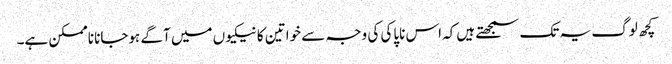
کچھ لوگ یہ تک سمجھتے ہیں‌کہ اس ناپاکی کی وجہ سے خواتین کا نیکیوں‌ میں‌ آگے ہوجانا ناممکن ہے۔